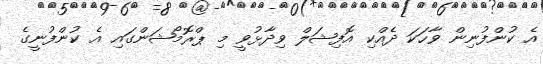
އެ ކުންފުނިން ވާހަކަ ދެއްކި އޮފިޝަލް ވިދާޅުވީ މި ޕްރޮމޯޝަންގައި އެ ކުންފުނީގެ